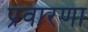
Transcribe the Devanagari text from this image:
प्रवारणा